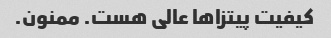
کیفیت پیتزا‌ها عالی هست. ممنون.